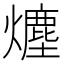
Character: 𤐷